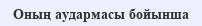
Оның аудармасы бойынша